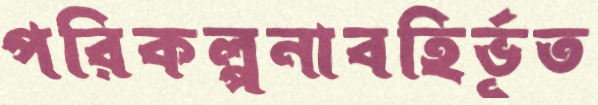
পরিকল্পনাবহির্ভূত